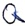
Text: Q